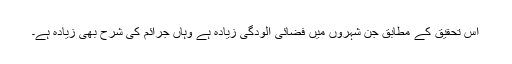
اس تحقیق کے مطابق جن شہروں میں فضائی آلودگی زیادہ ہے وہاں جرائم کی شرح بھی زیادہ ہے۔